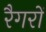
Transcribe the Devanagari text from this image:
रैगरों